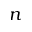
n